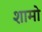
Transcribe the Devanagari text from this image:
शामो